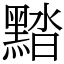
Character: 䵬